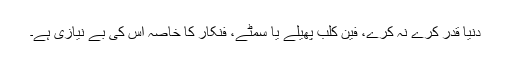
دنیا قدر کرے نہ کرے، فین کلب پھیلے یا سمٹے، فنکار کا خاصہ اس کی بے نیازی ہے۔